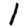
Digit: 1